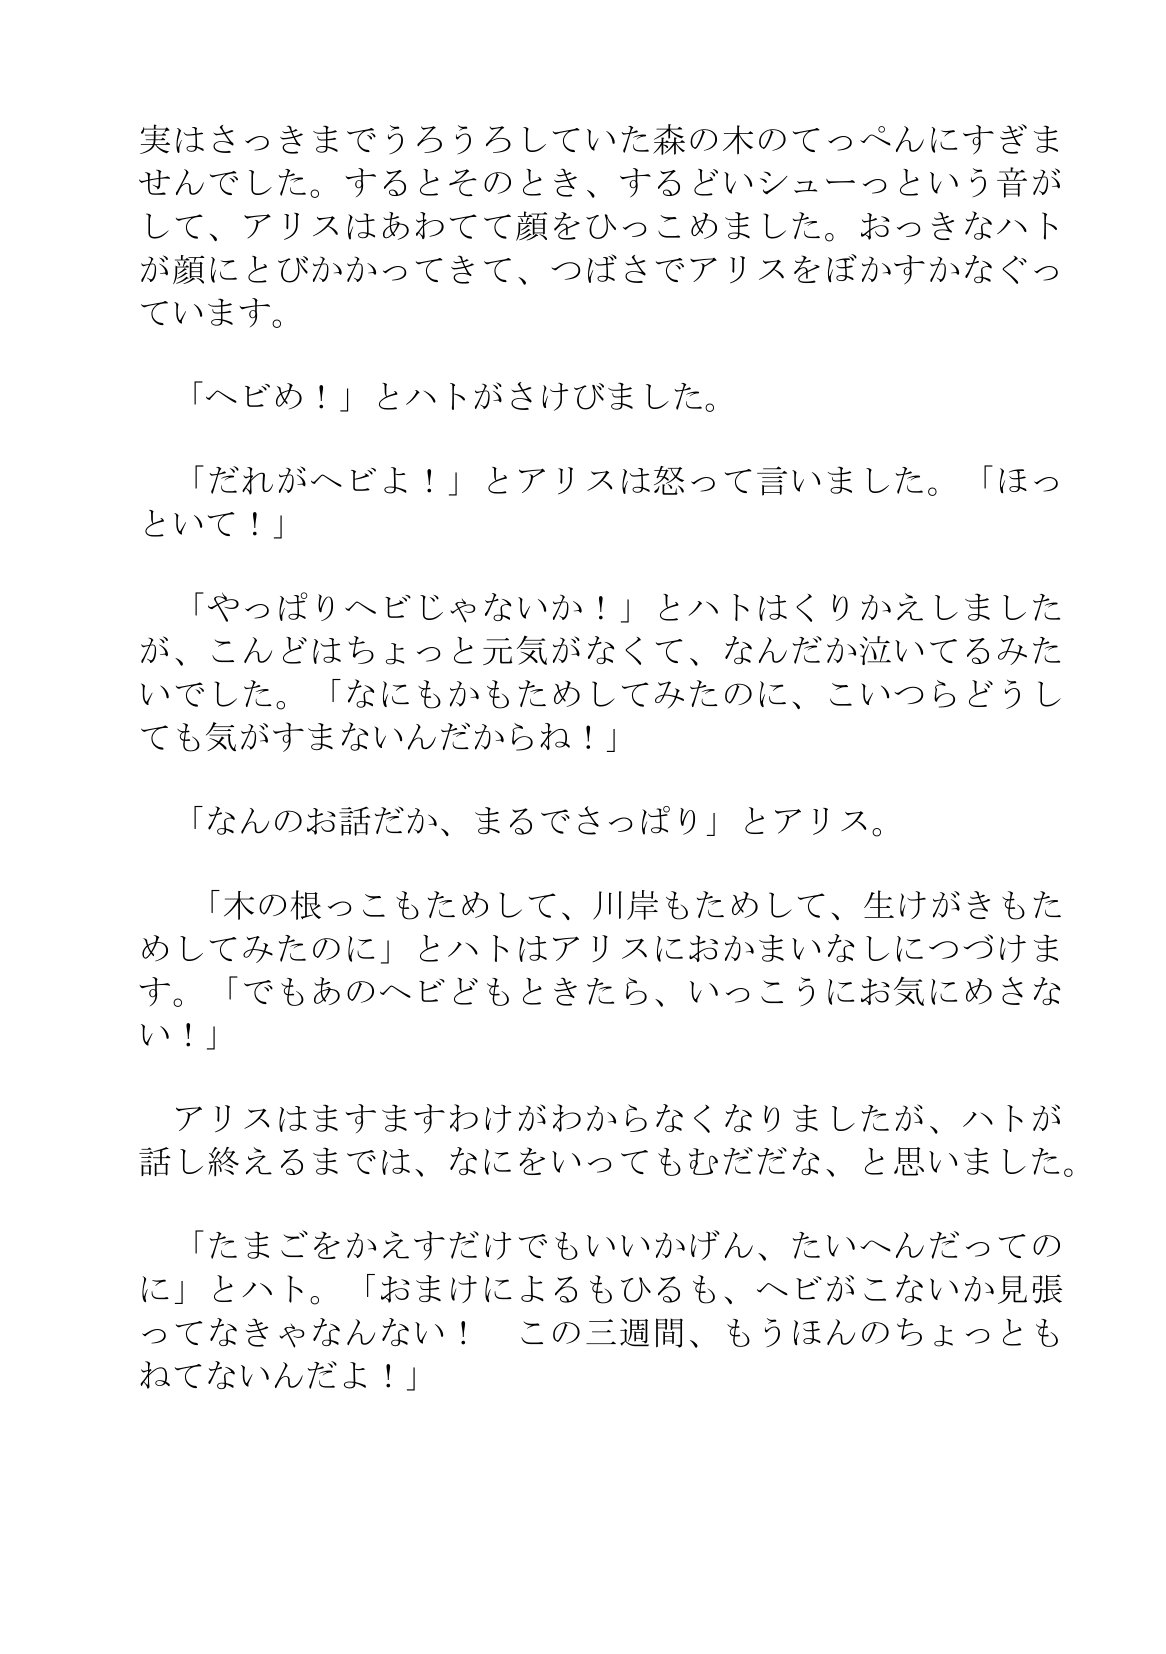
Language: ja